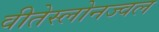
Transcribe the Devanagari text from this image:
वीतेस्लोनज्वल